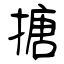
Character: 搪